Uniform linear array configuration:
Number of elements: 4
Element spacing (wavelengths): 0.75
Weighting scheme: binomial
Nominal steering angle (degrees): -45
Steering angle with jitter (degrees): -45.906
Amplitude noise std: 0.05
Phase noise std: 0.05

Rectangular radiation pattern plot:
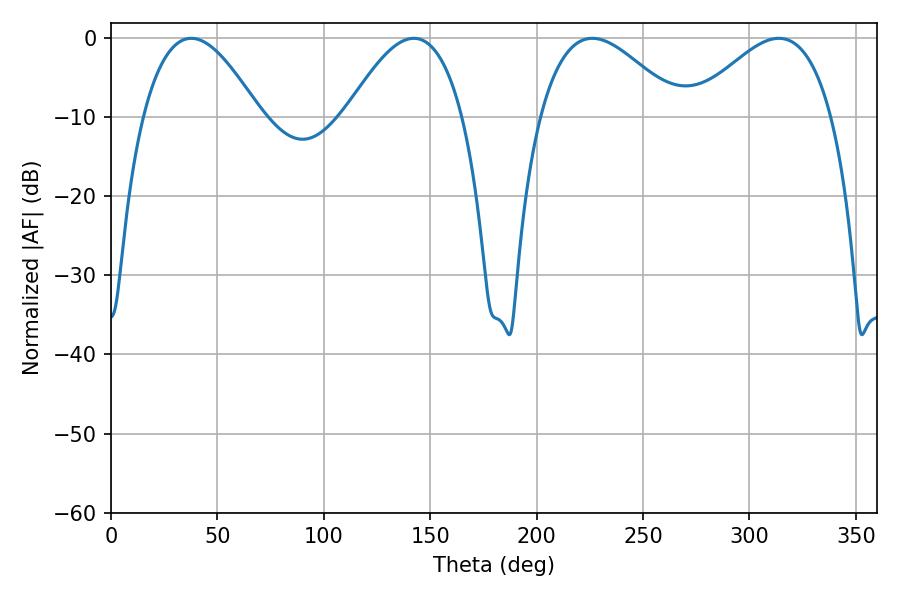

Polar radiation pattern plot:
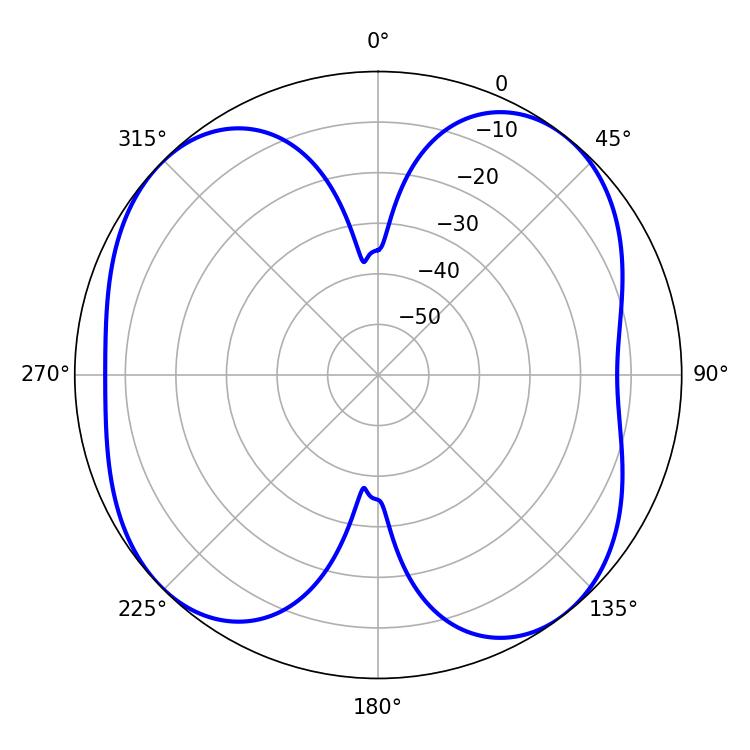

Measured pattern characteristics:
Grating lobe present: TRUE
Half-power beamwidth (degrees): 35.64
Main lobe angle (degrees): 226.26